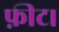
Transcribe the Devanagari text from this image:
फ़ीट।